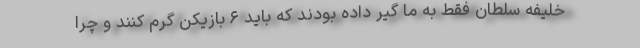
خلیفه سلطان فقط به ما گیر داده بودند که باید ۶ بازیکن گرم کنند و چرا